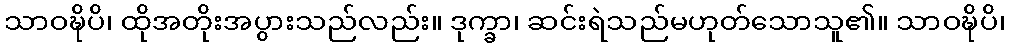
သာဝဍ္ဎိပိ၊ ထိုအတိုးအပွားသည်လည်း။ ဒုက္ခာ၊ ဆင်းရဲသည်မဟုတ်သောသူ၏။ သာဝဍ္ဎိပိ၊